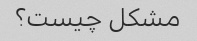
مشکل چیست؟